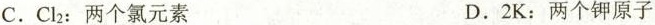
C.Cl_{2}：两个氯元素 D.2K：两个钾原子